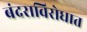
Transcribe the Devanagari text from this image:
बंदराविरोधात